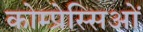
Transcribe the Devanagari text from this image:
कोम्प्रेस्सिओं